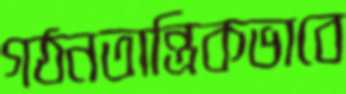
গঠনতান্ত্রিকভাবে